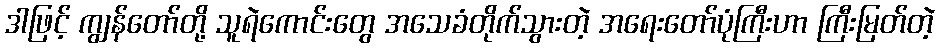
ဒါဖြင့် ကျွန်တော်တို့ သူရဲကောင်းတွေ အသေခံတိုက်သွားတဲ့ အရေးတော်ပုံကြီးဟာ ကြီးမြတ်တဲ့